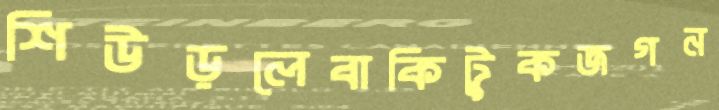
শিউড়লেবাকিটুকজগন